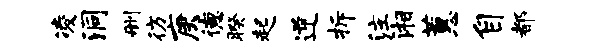
凌洞删彷庚德暌起逆拆注湘蕙自都